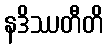
နဒိဿတီတိ